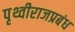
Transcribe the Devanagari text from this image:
पृथ्वीराजप्रबंध